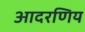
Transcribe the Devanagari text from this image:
आदरणिय